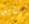
لتأمين